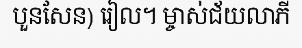
បួនសែន) រៀល។ ម្ចាស់ជ័យលាភី